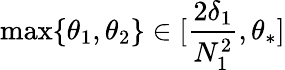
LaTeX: \operatorname*{max}\{ \theta_{1},\theta_{2}\} \in[\frac{2\delta_{1}}{N_{1}^{2}},\theta_{\ast}]